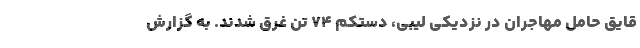
قایق حامل مهاجران در نزدیکی لیبی، دستکم ۷۴ تن غرق شدند. به گزارش